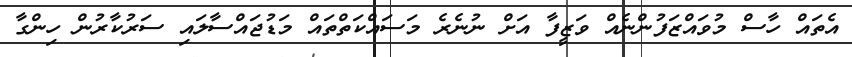
އެތައް ހާސް މުވައްޒަފުންނެއް ވަޒީފާ އަށް ނުނެރެ މަސައްކަތްތައް މަޑުޖައްސާލައި ސަރުކާރުން ހިންގާ